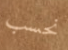
نحسب